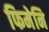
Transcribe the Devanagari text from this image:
फिमेनि